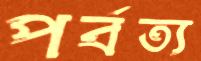
পর্বত্য